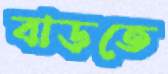
বাড়তে